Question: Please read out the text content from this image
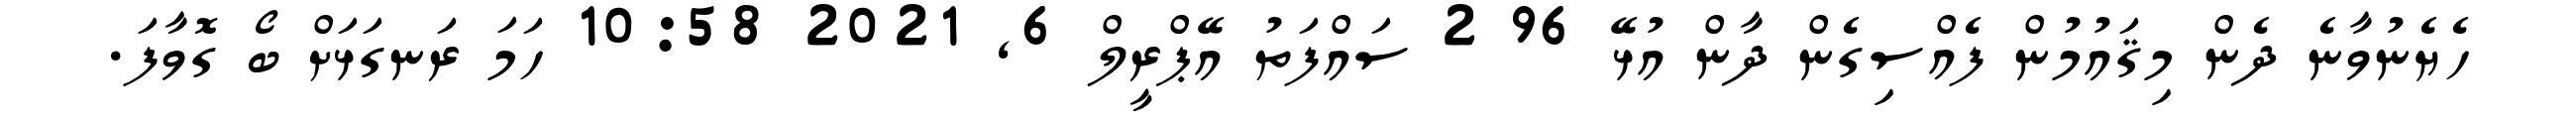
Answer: ހެޔެނުވާނެ ދެން މިޤައުމުން ފެއްސިގެން ދާން އުޅޭ 96 2 ސައްފަތު އޭޕްރީލް 6, 2021 10:58 ހަމަ ރަނގަޅަށް ބޯ ގޮވާފަ.